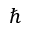
\hbar